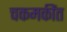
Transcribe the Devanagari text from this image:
चकमकींत